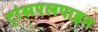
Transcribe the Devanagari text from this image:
ट्रांसएलपाइन